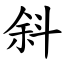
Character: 斜